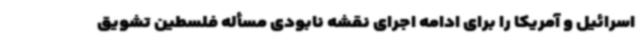
اسرائیل و آمریکا را برای ادامه اجرای نقشه نابودی مسأله فلسطین تشویق